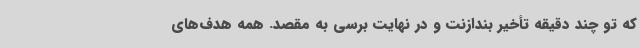
که تو چند دقیقه تأخیر بندازنت و در نهایت برسی به مقصد. همه هدف‌های